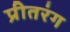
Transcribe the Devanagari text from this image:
प्रीतरंग